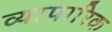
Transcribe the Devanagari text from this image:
व्‍यापारिक